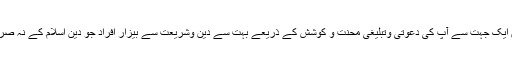
اسی لئے جہاں ایک جہت سے آپ کی دعوتی وتبلیغی محنت و کوشش کے ذریعے بہت سے دین وشریعت سے بیزار افراد جو دین اسلام کے نہ صرف عامل بنے۔